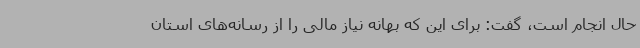
حال انجام است، گفت: برای این که بهانه نیاز مالی را از رسانه‌های استان